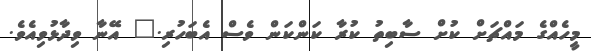
މީހެއްގެ މައްޗަށް ކުށް ސާބިތު ކުރާ ކަންކަން ވެސް އެބަހުރި." އޭނާ ވިދާޅުވިއެވެ.